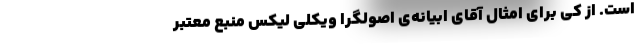
است. از کی برای امثال آقای ابیانه‌ی اصولگرا ویکلی لیکس منبع معتبر